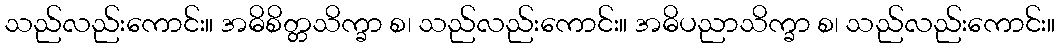
သည်လည်းကောင်း။ အဓိစိတ္တသိက္ခာ စ၊ သည်လည်းကောင်း။ အဓိပညာသိက္ခာ စ၊ သည်လည်းကောင်း။